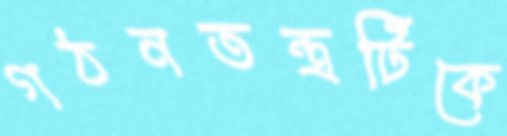
গঠনতন্ত্রটিকে